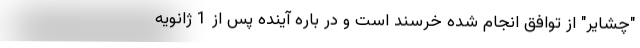
"چشایر" از توافق انجام شده خرسند است و در باره آینده پس از 1 ژانویه